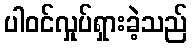
ပါဝင်လှုပ်ရှားခဲ့သည်